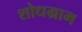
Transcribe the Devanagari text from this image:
शोधग्राम